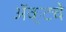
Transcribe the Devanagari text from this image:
ॲक्टचे